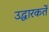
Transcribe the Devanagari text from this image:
उद्धारकर्ते